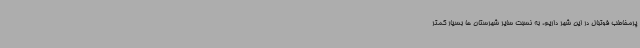
پرمخاطب فوتبال در این شهر داریم، به نسبت سایر شهرستان ها بسیار کمتر